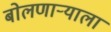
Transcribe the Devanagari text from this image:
बोलणाऱ्याला